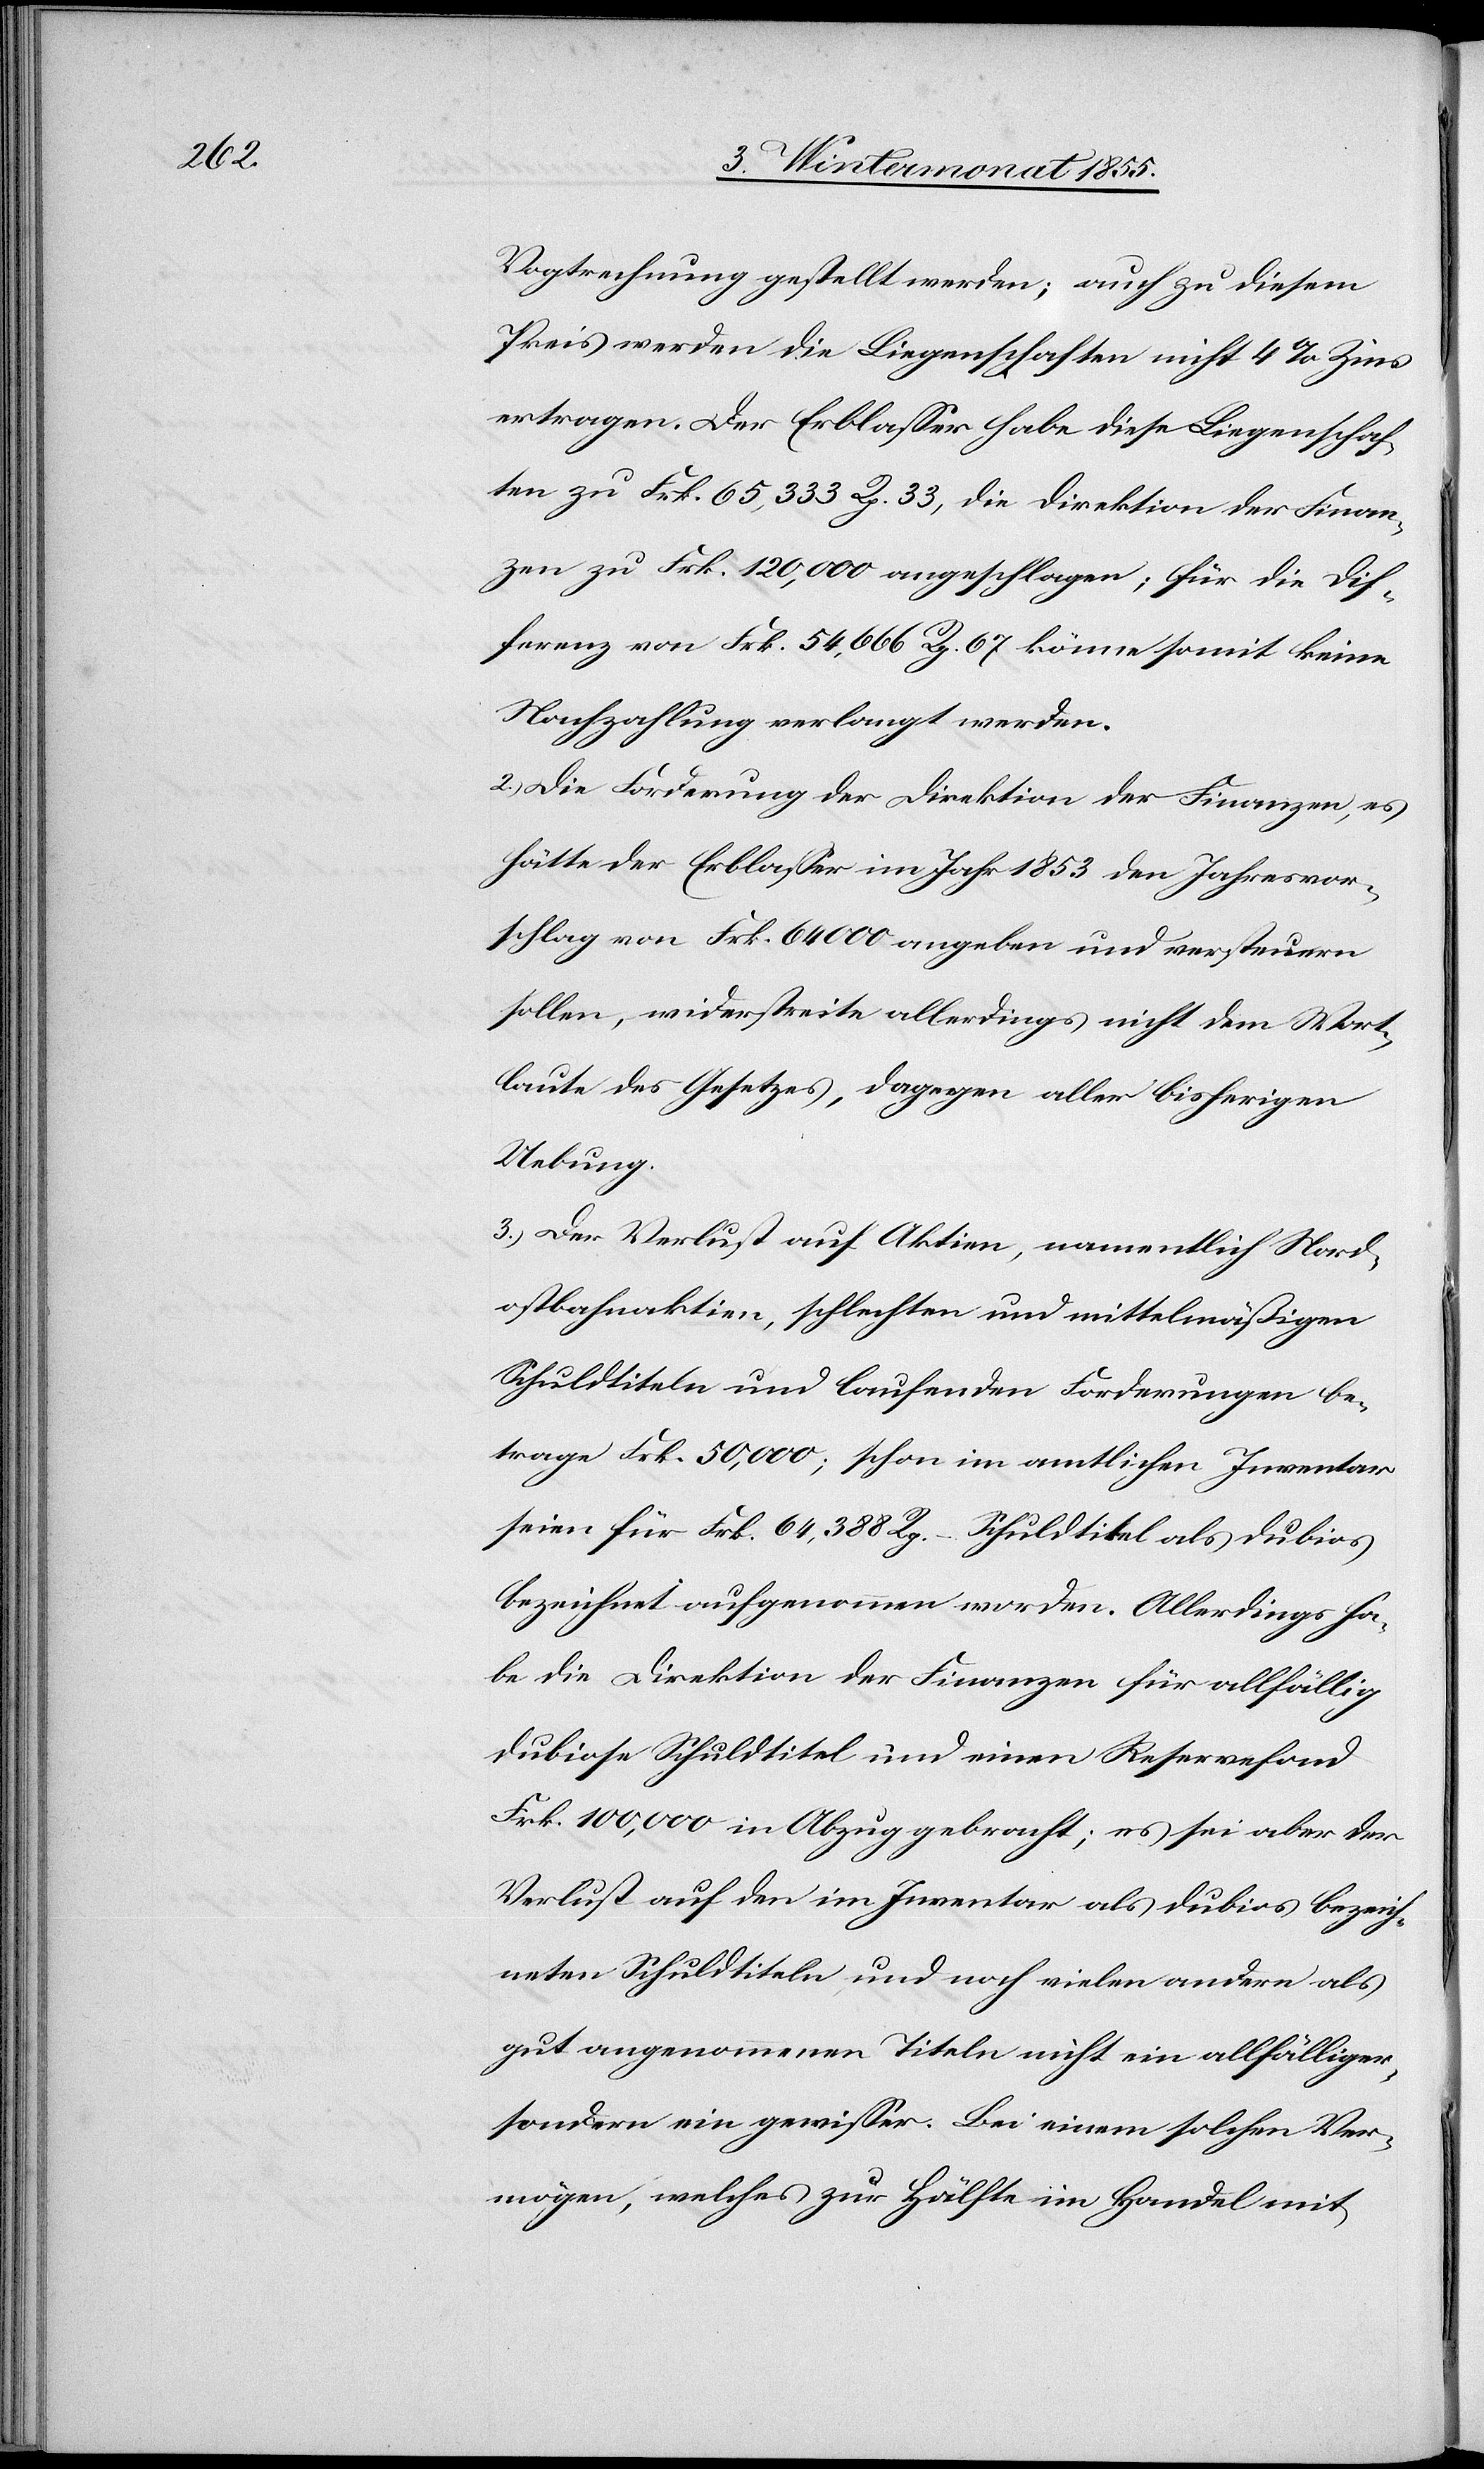
Vogtrechnung gestellt werden; auch zu diesem
Preis werden die Liegenschaften nicht 4% Zins
ertragen. Der Erblasser habe diese Liegenschaf¬
ten zu Frk. 65,333 Rp. 33, die Direktion der Finan¬
zen zu Frk. 120,000 angeschlagen; für die Dif¬
ferenz von Frk. 54,666 Rp. 67 könne somit keine
Nachzahlung verlangt werden.
Die Forderung der Direktion der Finanzen, es
hätte der Erblasser im Jahr 1853 den Jahresvor¬
schlag von Frk. 64 000 angeben und versteuern
sollen, widerstreite allerdings nicht dem Wort¬
laute des Gesetzes, dagegen aller bisherigen
Uebung.
Der Verlust auf Aktien, namentlich Nord¬
ostbahnaktien, schlechten und mittelmäßigen
Schuldtiteln und laufenden Forderungen be¬
trage Frk. 50,000; schon im amtlichen Inventar
seien für Frk. 64,388 Rp. – Schuldtitel als dubios
bezeichnet aufgenommen worden. Allerdings ha¬
be die Direktion der Finanzen für allfällig
dubiose Schuldtitel und einen Reservefond
Frk. 100,000 in Abzug gebracht; es sei aber der
Verlust auf den im Inventar als dubios bezeich¬
neten Schuldtiteln und noch vielen andern als
gut angenommenen Titeln nicht ein allfälliger,
sondern ein gewisser. Bei einem solchen Ver¬
mögen, welches zur Hälfte im Handel mit